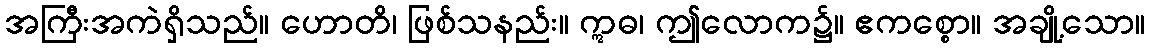
အကြီးအကဲရှိသည်။ ဟောတိ၊ ဖြစ်သနည်း။ ဣဓ၊ ဤလောက၌။ ဧကစ္စော။ အချို့သော။